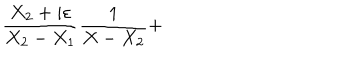
\frac { X _ { 2 } + i \varepsilon } { X _ { 2 } - X _ { 1 } } \frac { 1 } { X - X _ { 2 } } +